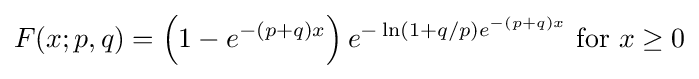
F(x;p,q)=\left(1-e^{-(p+q)x}\right)e^{-\ln(1+q/p)e^{-(p+q)x}}{\text{ for }}x\geq 0